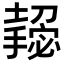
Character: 𫾌